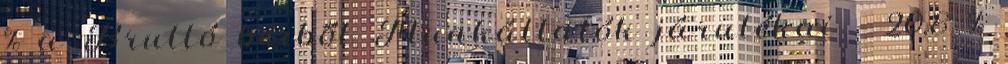
% a Bruttó bérből Munkáltatók járulékai - 20,8 %